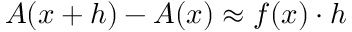
A ( x + h ) - A ( x ) \approx f ( x ) \cdot h